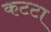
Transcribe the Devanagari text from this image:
कटटा